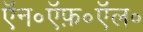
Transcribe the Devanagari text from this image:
ऍन॰ऍफ़॰ऍल॰